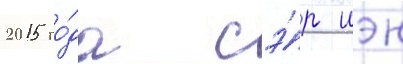
2015 го́да сэ́р иэн